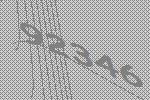
92346